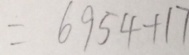
= 6 9 5 4 + 1 7